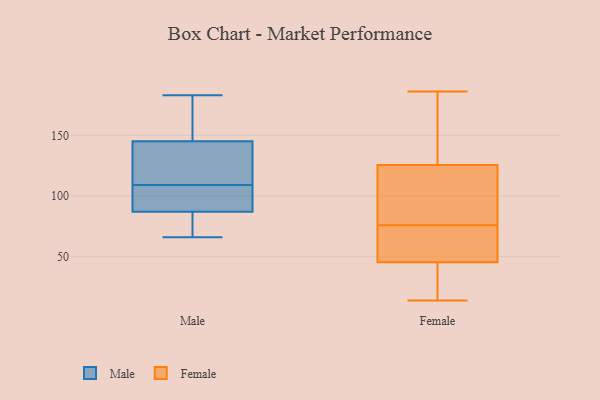
{"axis": {"x": "Headcount", "y": "Value"}, "legend": ["Female", "Male"], "data": [{"x": "", "y": 105, "type": "Male"}, {"x": "", "y": 93, "type": "Male"}, {"x": "", "y": 145, "type": "Male"}, {"x": "", "y": 75, "type": "Male"}, {"x": "", "y": 127, "type": "Male"}, {"x": "", "y": 87, "type": "Male"}, {"x": "", "y": 164, "type": "Male"}, {"x": "", "y": 183, "type": "Male"}, {"x": "", "y": 113, "type": "Male"}, {"x": "", "y": 66, "type": "Male"}, {"x": "", "y": 99, "type": "Female"}, {"x": "", "y": 96, "type": "Female"}, {"x": "", "y": 61, "type": "Female"}, {"x": "", "y": 91, "type": "Female"}, {"x": "", "y": 116, "type": "Female"}, {"x": "", "y": 186, "type": "Female"}, {"x": "", "y": 36, "type": "Female"}, {"x": "", "y": 14, "type": "Female"}, {"x": "", "y": 168, "type": "Female"}, {"x": "", "y": 51, "type": "Female"}, {"x": "", "y": 28, "type": "Female"}, {"x": "", "y": 135, "type": "Female"}, {"x": "", "y": 40, "type": "Female"}, {"x": "", "y": 55, "type": "Female"}, {"x": "", "y": 55, "type": "Female"}, {"x": "", "y": 176, "type": "Female"}]}